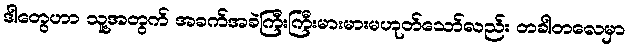
ဒါတွေဟာ သူ့အတွက် အခက်အခဲကြီးကြီးမားမားမဟုတ်သော်လည်း တခါတလေမှာ